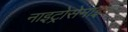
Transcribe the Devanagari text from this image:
नाइट्रोसेमाइन